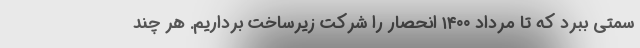
سمتی ببرد که تا مرداد ۱۴۰۰ انحصار را شرکت زیرساخت برداریم. هر چند